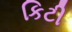
કિટી